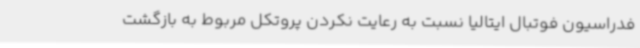
فدراسیون فوتبال ایتالیا نسبت به رعایت نکردن پروتکل مربوط به بازگشت